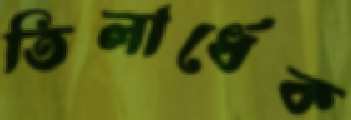
তিলার্ধেক